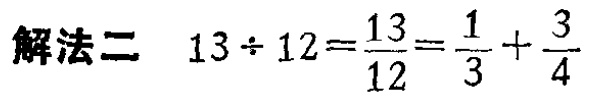
解法二 \(13\div 12=\frac{13}{12}=\frac{1}{3}+\frac{3}{4}\)